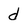
Character: d